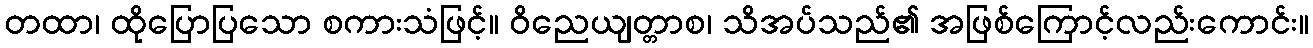
တထာ၊ ထိုပြောပြသော စကားသံဖြင့်။ ဝိညေယျတ္တာစ၊ သိအပ်သည်၏ အဖြစ်ကြောင့်လည်းကောင်း။